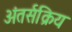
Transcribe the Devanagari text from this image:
अंतर्सक्रिय